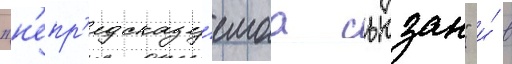
"н'епр'едсказу́емаа сьюзан" и́ в